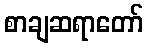
စာချဆရာတော်